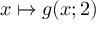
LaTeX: x \mapsto g ( x ; 2 )